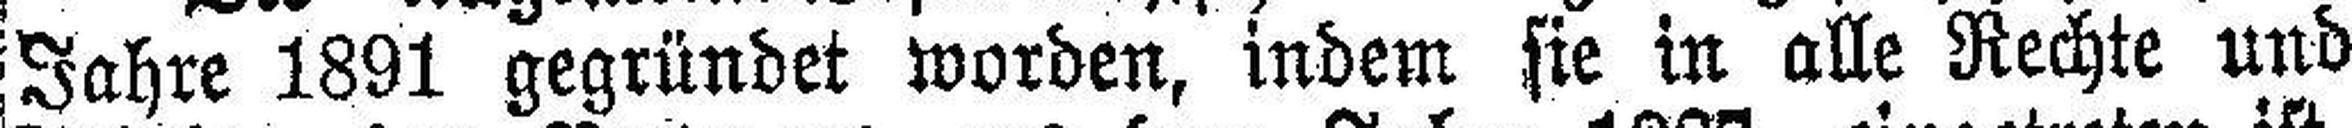
Jahre 1891 gegründet worden, indem sie in alle Rechte und